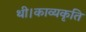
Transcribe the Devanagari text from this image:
थी।काव्यकृति